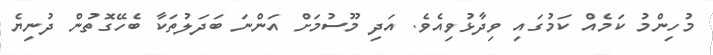
މުހިންމު ކަމެއް ކަމުގައި ވިދާޅުވިއެވެ. އަދި މޫސުމަށް އަންނަ ބަދަލުތަކާ ބެހޭގޮތުން ދުނިޔެ